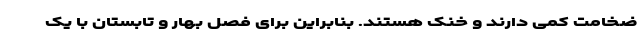
ضخامت کمی دارند و خنک هستند. بنابراین برای فصل بهار و تابستان با یک